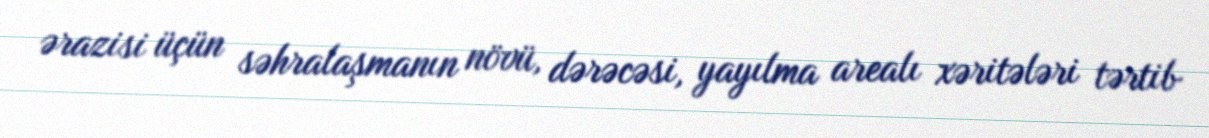
ərazisi üçün səhralaşmanın növü, dərəcəsi, yayılma arealı xəritələri tərtib